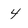
Character: 4